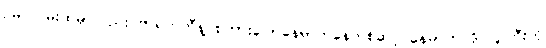
ဥမင်လမ်းထဲမှာလည်း ဗာရက်တီနဲ့ စကားပြောနေရာကနေတစ်ဆင့် နေမာက ဒိုင်လူကြီးကို